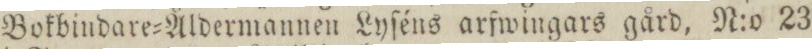
Bokbindare=Åldermannen Lyſéns arfwingars gård, N:o 23